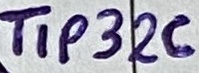
Text: TIP32C